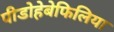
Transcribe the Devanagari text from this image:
पीडोहेबेफिलिया